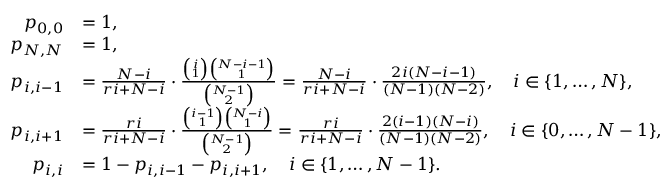
\begin{array} { r l } { p _ { 0 , 0 } } & { = 1 , } \\ { p _ { N , N } } & { = 1 , } \\ { p _ { i , i - 1 } } & { = \frac { N - i } { r i + N - i } \cdot \frac { \binom { i } { 1 } \binom { N - i - 1 } { 1 } } { \binom { N - 1 } { 2 } } = \frac { N - i } { r i + N - i } \cdot \frac { 2 i ( N - i - 1 ) } { ( N - 1 ) ( N - 2 ) } , \quad i \in \{ 1 , \ldots , N \} , } \\ { p _ { i , i + 1 } } & { = \frac { r i } { r i + N - i } \cdot \frac { \binom { i - 1 } { 1 } \binom { N - i } { 1 } } { \binom { N - 1 } { 2 } } = \frac { r i } { r i + N - i } \cdot \frac { 2 ( i - 1 ) ( N - i ) } { ( N - 1 ) ( N - 2 ) } , \quad i \in \{ 0 , \ldots , N - 1 \} , } \\ { p _ { i , i } } & { = 1 - p _ { i , i - 1 } - p _ { i , i + 1 } , \quad i \in \{ 1 , \ldots , N - 1 \} . } \end{array}